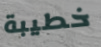
خطيبة